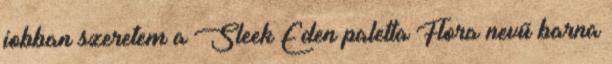
jobban szeretem a Sleek Eden paletta Flora nevű barna